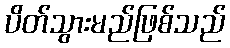
ပိတ်သွားမည်ဖြစ်သည်